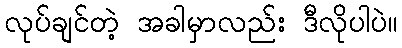
လုပ်ချင်တဲ့ အခါမှာလည်း ဒီလိုပါပဲ။